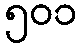
၅၀၁